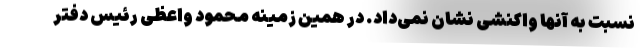
نسبت به آنها واکنشی نشان نمی‌داد. در همین زمینه محمود واعظی رئیس دفتر